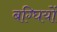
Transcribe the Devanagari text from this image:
बग्घियों